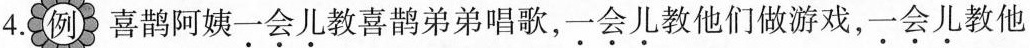
4.例喜鹊阿姨一会儿教喜鹊弟弟唱歌，一会儿教他们做游戏，一会儿教他